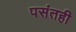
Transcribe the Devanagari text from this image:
पसंतही